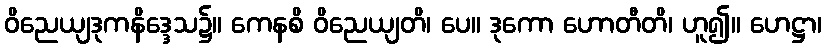
ဝိညေယျဒုကနိဒ္ဒေသ၌။ ကေနစိ ဝိညေယျတိ၊ ပေ။ ဒုကော ဟောတီတိ၊ ဟူ၍။ ဟေဋ္ဌာ၊